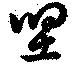
堅